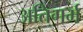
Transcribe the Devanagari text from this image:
अतिगर्म